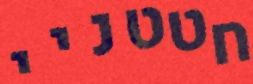
חטטניי